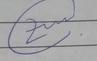
Signature authenticity: genuine